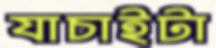
যাচাইটা